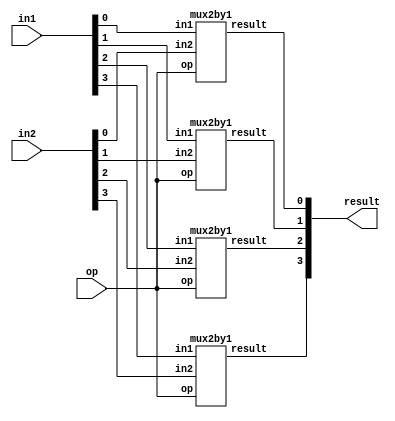
module mux2by1_4bit(in1, in2, op, result);
	input [3:0]in1;
   input [3:0]in2;
   input op;
   output [3:0]result;
	
   mux2by1 mux0(.in1(in1[0]), .in2(in2[0]), .op(op), .result(result[0]));
   mux2by1 mux1(.in1(in1[1]), .in2(in2[1]), .op(op), .result(result[1]));
   mux2by1 mux2(.in1(in1[2]), .in2(in2[2]), .op(op), .result(result[2]));
   mux2by1 mux3(.in1(in1[3]), .in2(in2[3]), .op(op), .result(result[3]));
endmodule

/////////////////    module mux 2 - 1 bit         ////////////
module mux2by1(in1,in2,op,result);
	input in1;
	input in2;
	input op;
	output result;

	wire w1,w2,w3;
  
	assign w1 = ~op;
	assign w2 = in1 & w1;
	assign w3 = in2 & op;
	assign result = w2 | w3;
endmodule